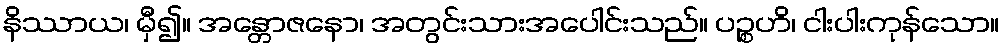
နိဿာယ၊ မှီ၍။ အန္တောဇနော၊ အတွင်းသားအပေါင်းသည်။ ပဉ္စဟိ၊ ငါးပါးကုန်သော။